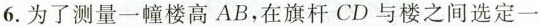
6.为了测量一幢楼高AB，在旗杆CD与楼之间选定一